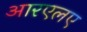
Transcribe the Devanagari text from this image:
आरएलए